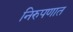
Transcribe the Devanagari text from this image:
निरुपणात